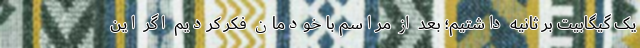
یک گیگابیت بر ثانیه داشتیم؛ بعد از مراسم با خودمان فکر کردیم اگر این